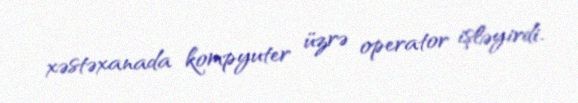
xəstəxanada kompyuter üzrə operator işləyirdi.